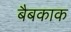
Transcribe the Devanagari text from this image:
बैबकाक